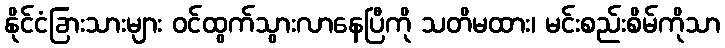
နိုင်ငံခြားသားများ ဝင်ထွက်သွားလာနေပြီကို သတိမထား၊ မင်းစည်းစိမ်ကိုသာ